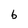
Character: b